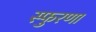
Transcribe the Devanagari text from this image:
स्फुरणा